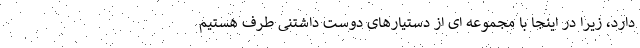
دارد، زیرا در اینجا با مجموعه ای از دستیارهای دوست داشتنی طرف هستیم